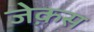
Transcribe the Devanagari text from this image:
जेक़स